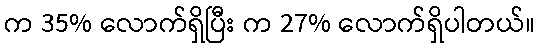
က 35% လောက်ရှိပြီး က 27% လောက်ရှိပါတယ်။